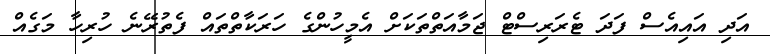
އަދި އައިއެސް ފަދަ ޓެރަރިސްޓް ޖަމާއަތްތަކަށް އެމީހުންގެ ހަރަކާތްތައް ފެތުރޭނެ ހުރިހާ މަގެއް